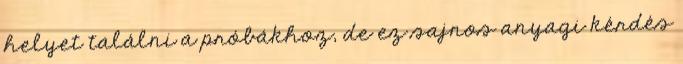
helyet találni a próbákhoz, de ez sajnos anyagi kérdés